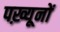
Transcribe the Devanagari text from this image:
पख़्यूनों